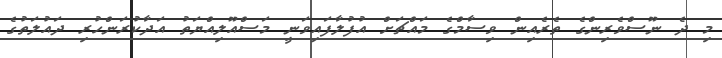
މި ދެ ނޫސްވެރިންގެ ތެރެއިން ވިސާމްގެ މައްޗަށް އުފުލާފައިވަނީ މަސްއޫލިއްޔަތު އަދާކުރަންހުރި ދައުލަތުގެ